Annual report on the working of the lock hospitals in the North-Western Provinces and Oudh
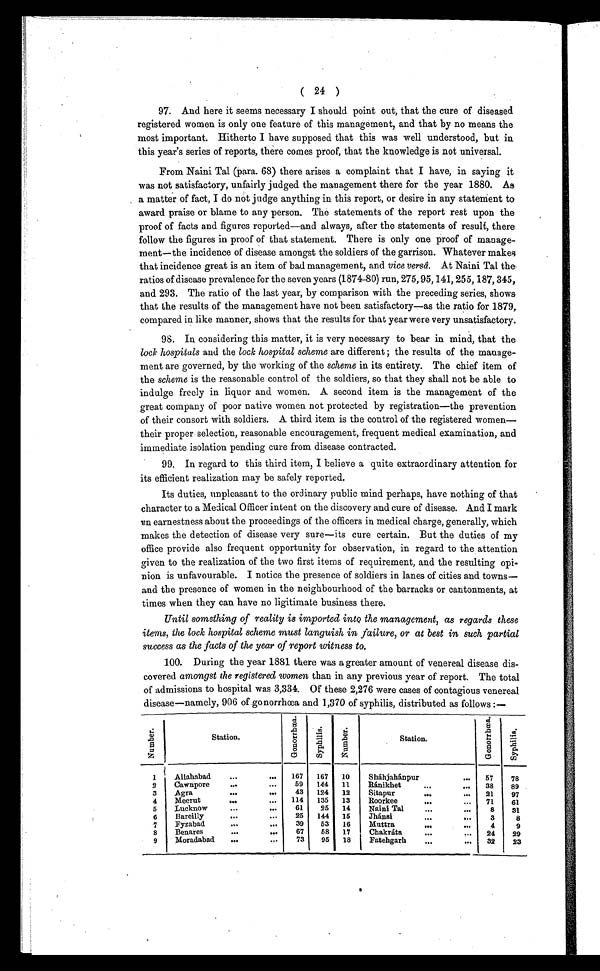
( 24 )
97. And here it seems necessary I should point out, that the cure of diseased
registered women is only one feature of this management, and that by no means the
most important. Hitherto I have supposed that this was well understood, but in
this year's series of reports, there comes proof, that the knowledge is not universal.
From Naini Tal (para. 68) there arises a complaint that I have, in saying it
was not satisfactory, unfairly judged the management there for the year 1880. As
a matter of fact, I do not judge anything in this report, or desire in any statement to
award praise or blame to any person. The statements of the report rest upon the
proof of facts and figures reported—and always, after the statements of result, there
follow the figures in proof of that statement. There is only one proof of manage-
ment—the incidence of disease amongst the soldiers of the garrison. Whatever makes
that incidence great is an item of bad management, and vice versâ. At Naini Tal the
ratios of disease prevalence for the seven years (1874-80) run, 275, 95,141, 255, 187, 345,
and 293. The ratio of the last year, by comparison with the preceding series, shows
that the results of the management have not been satisfactory—as the ratio for 1879,
compared in like manner, shows that the results for that year were very unsatisfactory.
98. In considering this matter, it is very necessary to bear in mind, that the
lock hospitals and the lock hospital scheme are different; the results of the manage-
ment are governed, by the working of the scheme in its entirety. The chief item of
the scheme is the reasonable control of the soldiers, so that they shall not be able to
indulge freely in liquor and women. A second item is the management of the
great company of poor native women not protected by registration—the prevention
of their consort with soldiers. A third item is the control of the registered women—
their proper selection, reasonable encouragement, frequent medical examination, and
immediate isolation pending cure from disease contracted.
99. In regard to this third item, I believe a quite extraordinary attention for
its efficient realization may be safely reported.
Its duties, unpleasant to the ordinary public mind perhaps, have nothing of that
character to a Medical Officer intent on the discovery and cure of disease. And I mark
a n e a r n e s t n e s s a b o u t t h e p r o c e e d i n g s o f t h e o f f i c e r s i n m e d i c a l c h a r g e , g e n e r a l l y , w h i c h
makes the detection of disease very sure—its cure certain. But the duties of my
office provide also frequent opportunity for observation, in regard to the attention
given to the realization of the two first items of requirement, and the resulting opi-
nion is unfavourable. I notice the presence of soldiers in lanes of cities and towns—
and the presence of women in the neighbourhood of the barracks or cantonments, at
times when they can have no ligitimate business there.
Until something of reality is imported into the management, as regards these
items, the lock hospital scheme must languish, in failure, or at best in such partial
success as the facts of the year of report witness to.
100. During the year 1881 there was a greater amount of venereal disease dis-
covered amongst the registered women than in any previous year of report. The total
of admissions to hospital was 3,334. Of these 2,276 were cases of contagious venereal
disease—namely, 906 of gonorrhœa and 1,370 of syphilis. distributed as follows :—
N u m b e r .
Station.
G o n o r r h œ a .
S y p h i l i s . N u m b e r .
Station.
G o n o r r h œ a .
S y p h i l i s .
1
Allahabad
...
... 167 167 10
Sháhjahánpur
... 57
78
2
Cawnpore
...
...
59 144 11
Ránikhet
...
... 38 89
3 Agra
...
...
43 124 12
Sitapur
...
... 21
97
4 Meerut
... ...
114 135 13
Roorkee
...
... 71
61
5
Lucknow
...
...
61 25 14
Naini Tal
... ...
8 31
6
Bareilly
...
...
25 144 15
Jhánsi
...
...
3
8
7
Fyzabad
....
...
39 53 16
Muttra
...
...
4
9
8 Benares
...
...
67 58 17
Chakráta
...
... 24 29
9
Moradabad ..
...
73 95 18
Fatehgarh
...
... 32
23